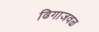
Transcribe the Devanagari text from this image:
ढिगाजवळ